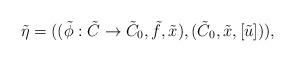
LaTeX: \begin{align*}\tilde{\eta}=((\tilde{\phi}:\tilde{C}\rightarrow\tilde{C}_0,\tilde{f},\tilde{x}),(\tilde{C}_0,\tilde{x},[\tilde{u}])),\end{align*}